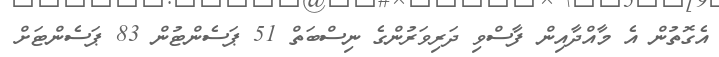
އެގޮތުން އެ މާއްދާއިން ފާސްވި ދަރިވަރުންގެ ނިސްބަތް 51 ޕަސެންޓުން 83 ޕަސެންޓަށް